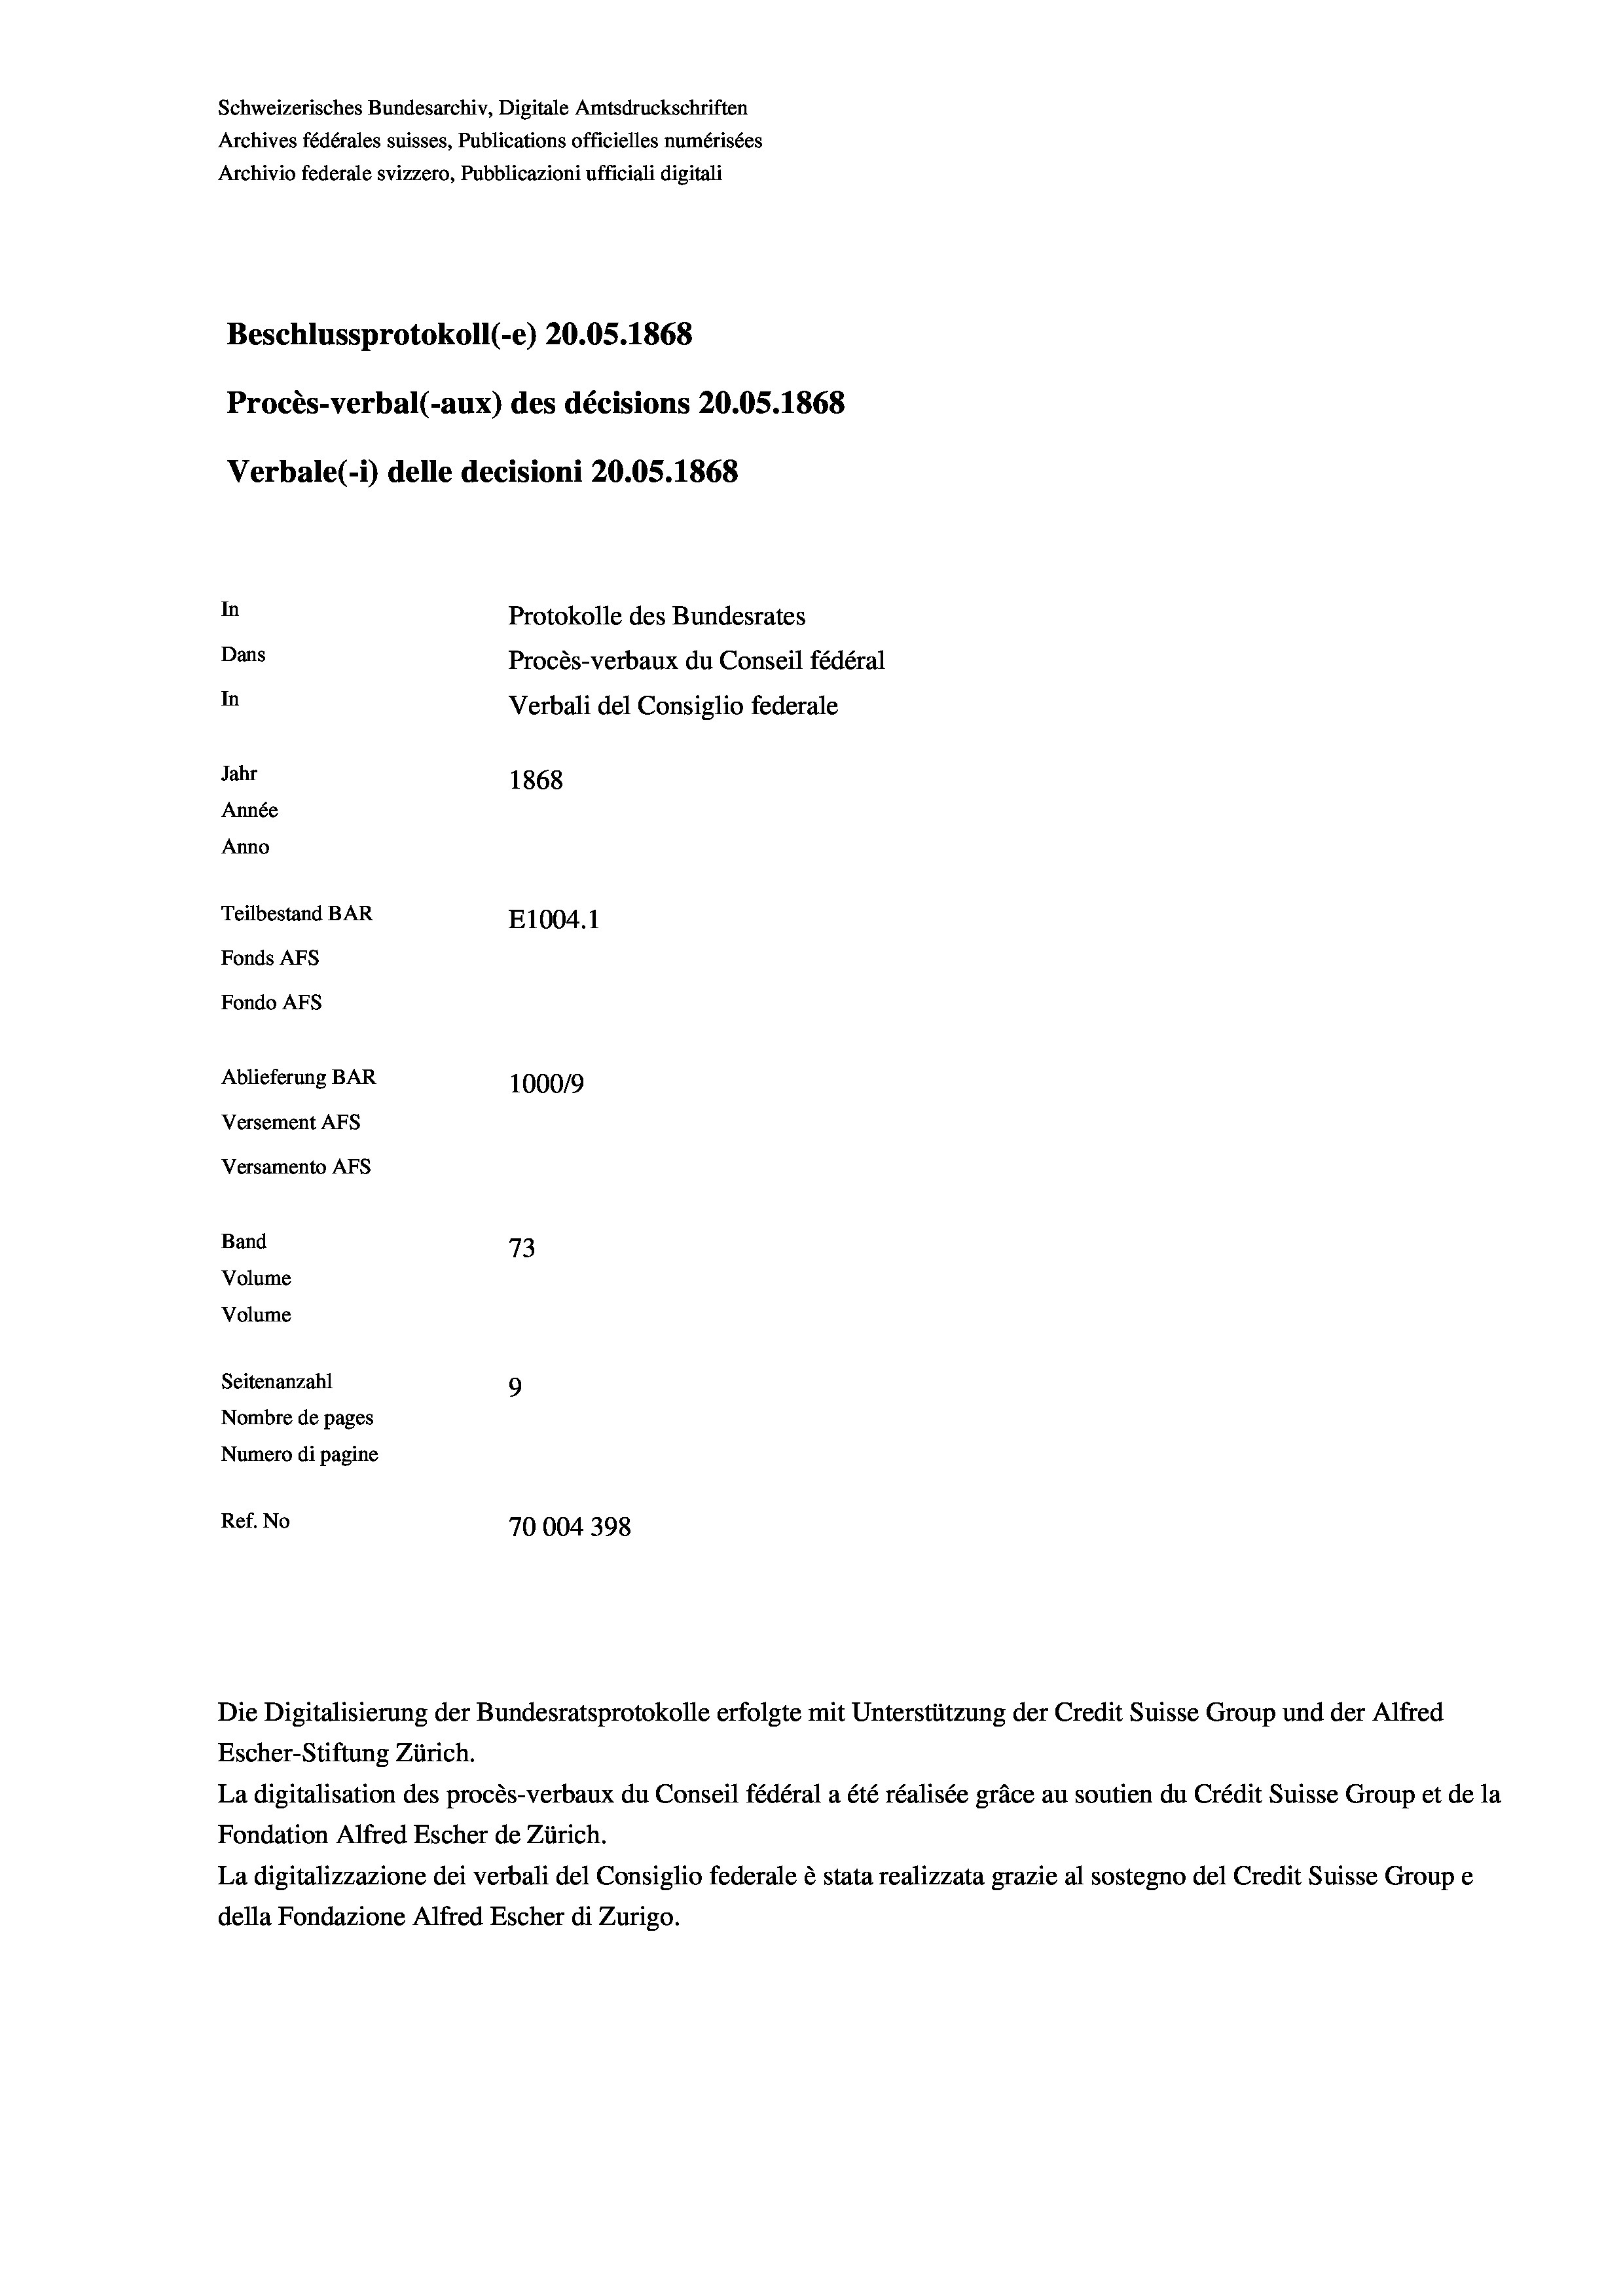
Schweizerisches Bundesarchiv, Digitale Amtsdruckschriften
Archives fédérales suisses, Publications officielles numérisées
Archivio federale svizzero, Pubblicazioni ufficiali digitali
Beschlussprotokoll (-e) 20.05. 1868
Procès-verbal (-aux) des décisions 20.05. 1868
Verbale(-*) delle decisioni 20.05. 1868
In
Protokolle des Bundesrates
Dans
Procès-verbaux du Conseil fédéral
In
Verbali del Consiglio federale
Jahr
1868
Année
Anno
Teilbestand BAR
E1004. 1
Fonds AFs
Fondo AFs
Ablieferung BAR
100019
Versement AFS
Versamento Afs
Band
73
Volume
Volume
Seitenanzahl
9

Nombre de pages
Numero di pagine
Ref. No
70004398

Escher-Stiftung Zürich.
La digitalisation des procès-verbaux du Conseil fédéral a été réalisée gräce au soutien du Crédit Suisse Group et de la
Fondation Alfred Escher de Zürich.
La digitalizzazione dei verbali del Consiglio federale è stata realizzata grazie al sostegno del Credit Suisse Groupe
della Fondazione Alfred Escher di Zurigo.

Die Digitalisierung der Bundesratsprotokolle erfolgte mit Unterstützung der Credit Suisse Group und der Alfred